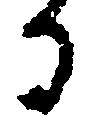
る